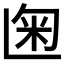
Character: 𰪨